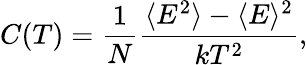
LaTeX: C(T)=\frac{1}{N}\frac{\langle E^{2}\rangle-\langle E\rangle^{2}}{kT^{2}},